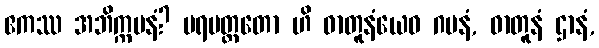
ဧကဿ အဘိက္ကမနံ? ပရမတ္ထတော ဟိ ဓာတူနံယေဝ ဂမနံ, ဓာတူနံ ဌာနံ,